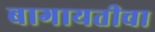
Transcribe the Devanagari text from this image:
बागायतीचा